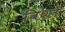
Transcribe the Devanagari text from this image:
विशों